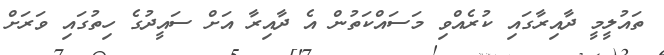
ތައުލީމީ ދާއިރާގައި ކުރެއްވި މަސައްކަތުން އެ ދާއިރާ އަށް ސައީދުގެ ހިތުގައި ވަރަށް